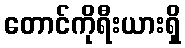
တောင်ကိုရီးယားရှိ